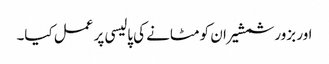
اور بزور شمشیر ان کو مٹانے کی پالیسی پر عمل کیا۔